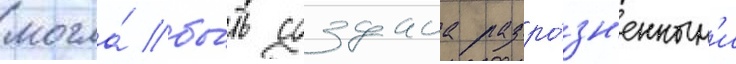
могла́ бы́ть создана разро́зн'енным'и